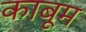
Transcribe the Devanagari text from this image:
काबूम